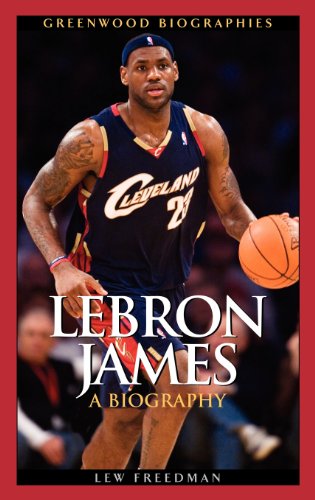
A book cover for LeBron James: A Biography (Greenwood Biographies); Lew Freedman; Biographies & Memoirs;